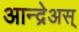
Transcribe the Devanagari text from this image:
आन्द्रेअस्